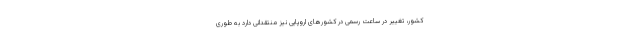
کشور، تغییر در ساعت رسمی در کشورهای اروپایی نیز منتقدانی دارد به طوری